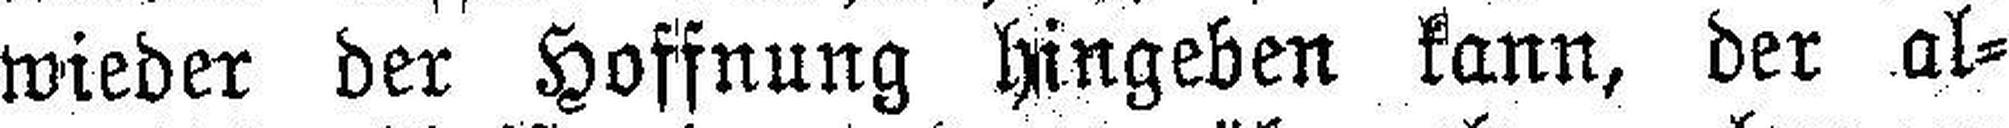
wieder der Hoffnung hingeben kann, der al¬